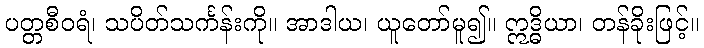
ပတ္တစီဝရံ၊ သပိတ်သင်္ကန်းကို။ အာဒါယ၊ ယူတော်မူ၍။ ဣဒ္ဓိယာ၊ တန်ခိုးဖြင့်။